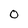
Character: O